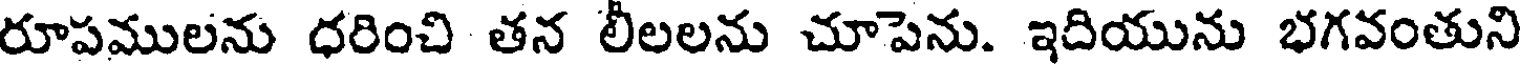
రూపములను ధరించి తన లీలలను చూపెను. ఇదియును భగవంతుని